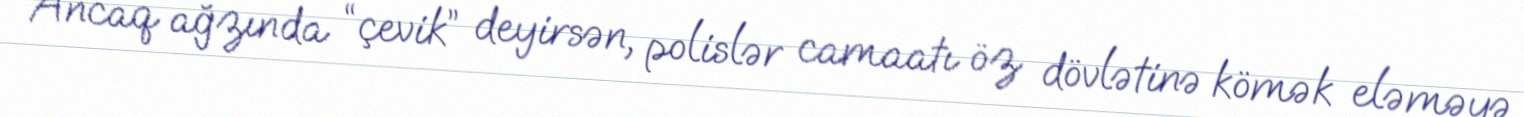
Ancaq ağzında “çevik” deyirsən, polislər camaatı öz dövlətinə kömək eləməyə